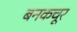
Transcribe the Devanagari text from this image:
बनकचूर